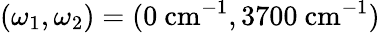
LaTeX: (\omega_{1},\omega_{2})=(0~\mathrm{cm}^{-1},3700~\mathrm{cm}^{-1})